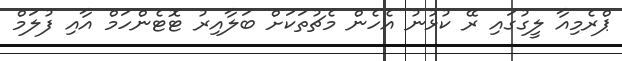
ޕްރެމިއާ ލީގުގައި ރޭ ކުޅުނު އެހެން މެޗުތަކަށް ބަލާއިރު ޓޮޓެންހަމް އާއި ފުލަމް